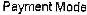
PAYMENT MODE